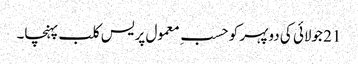
21 جولائی کی دوپہر کو حسبِ معمول پریس کلب پہنچا۔